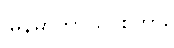
မြန်မာဘာသာစကား